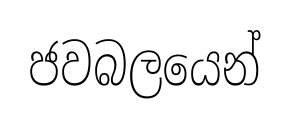
ජවබලයෙන්